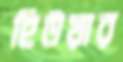
হিউয়ার